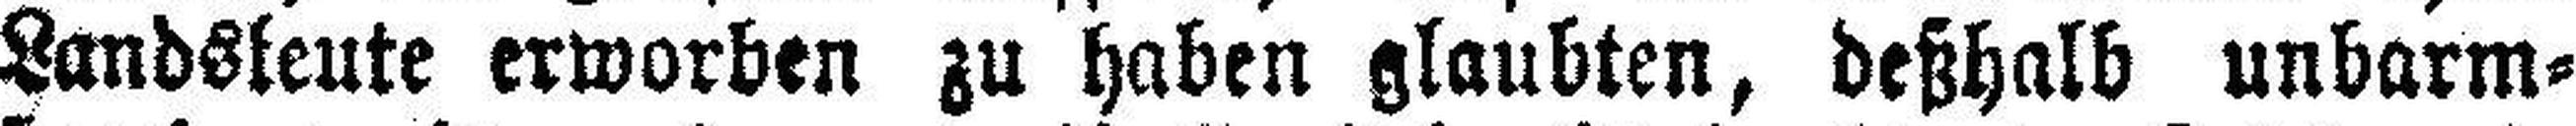
Landsleute erworben zu haben glaubten, deßhalb unbarm¬